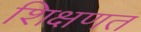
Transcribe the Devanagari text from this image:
शिक्षणत